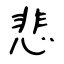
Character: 悲